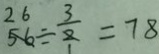
5 6 \div \frac { 3 } { 2 } = 7 8